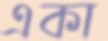
একা